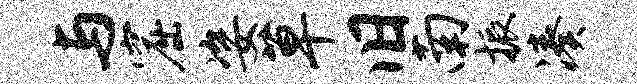
与窟姿草旧南振凑